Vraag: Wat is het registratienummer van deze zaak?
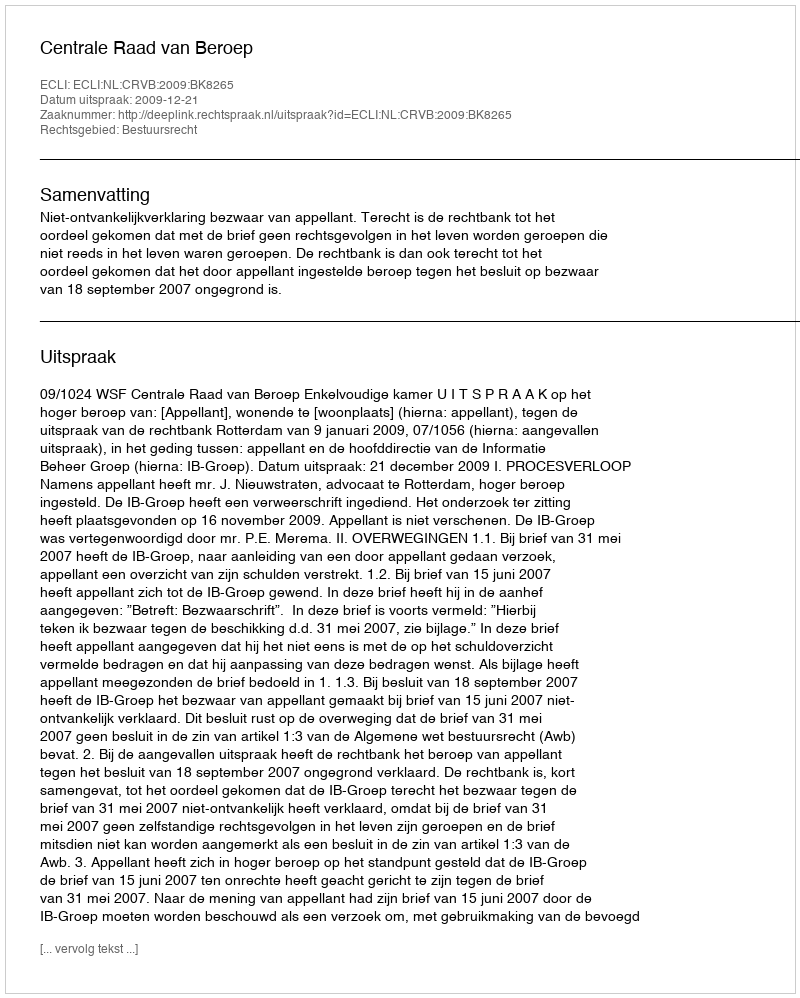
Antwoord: http://deeplink.rechtspraak.nl/uitspraak?id=ECLI:NL:CRVB:2009:BK8265